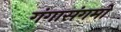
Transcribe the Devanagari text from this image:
गंगासंगमों